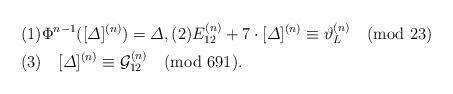
\begin{align*}& (1)\Phi^{n-1}([\varDelta]^{(n)})=\varDelta,(2)E_{12}^{(n)}+7\cdot [\varDelta]^{(n)} \equiv \vartheta_L^{(n)} \pmod{23}\\& (3)\quad[\varDelta]^{(n)} \equiv \mathcal{G}_{12}^{(n)} \pmod{691}.\end{align*}